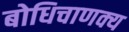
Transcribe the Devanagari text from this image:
बोधिचाणक्य